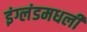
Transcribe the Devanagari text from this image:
इंग्लंडमधली